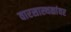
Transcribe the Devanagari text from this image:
वारसास्थळांवर